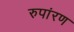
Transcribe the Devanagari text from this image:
रुपांरण